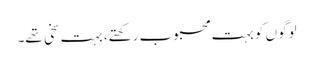
لوگوں کو بہت محبوب رکھتے، بہت سخی تھے۔